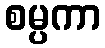
စမ္ပကာ